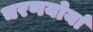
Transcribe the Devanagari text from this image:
चरणयोर्या